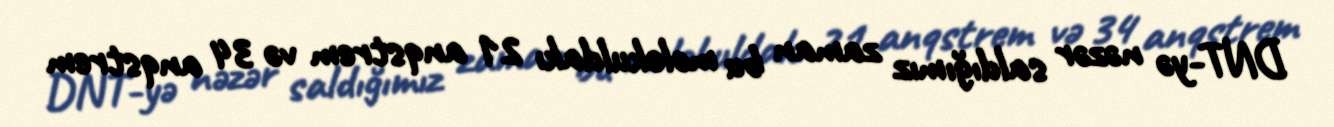
DNT-yə nəzər saldığımız zaman bu molekuldakı 21 anqstrem və 34 anqstrem